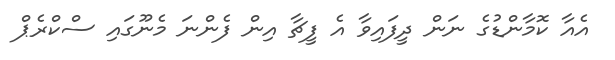
އެއާ ކޮމާންޑުގެ ނަން ދީފައިވާ އެ ފީޗާ އިން ފެންނަ މެނޫގައި ސްކްރެޕް